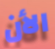
الأن